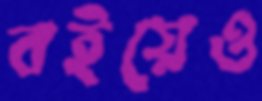
বইয়েও